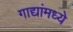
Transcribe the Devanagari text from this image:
गाद्यांमध्ये